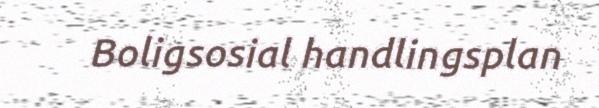
Boligsosial handlingsplan